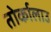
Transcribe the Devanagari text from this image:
तोर्कालाउ